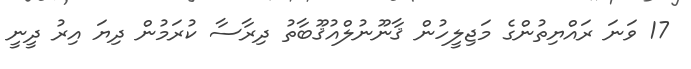
17 ވަނަ ރައްޔިތުންގެ މަޖިލީހުން ޤާނޫނުލްއުޤޫބާތު ދިރާސާ ކުރަމުން ދިޔަ އިރު ދީނީ